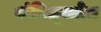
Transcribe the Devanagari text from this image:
संवित्स्तोत्र